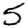
Digit: 5